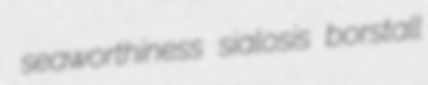
seaworthiness sialosis borstall